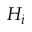
H _ { i }